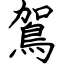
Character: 鴐